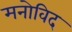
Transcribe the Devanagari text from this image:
मनोविद